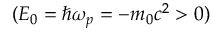
( E _ { 0 } = \hbar \omega _ { p } = - m _ { 0 } c ^ { 2 } > 0 )